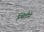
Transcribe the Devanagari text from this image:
स्थितीने